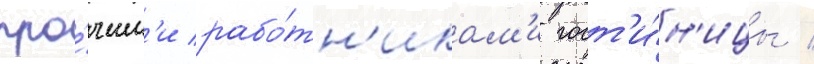
про́чим'и рабо́тн'икам'и гост'и́н'ицы /